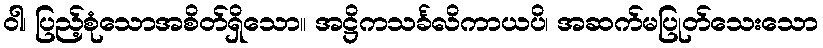
ဝါ၊ ပြည့်စုံသောအစိတ်ရှိသော။ အဋ္ဌိကသင်္ခလိကာယပိ၊ အဆက်မပြုတ်သေးသော